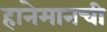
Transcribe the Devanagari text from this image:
हानेमानची